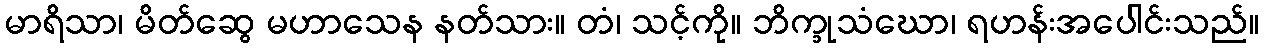
မာရိသာ၊ မိတ်ဆွေ မဟာသေန နတ်သား။ တံ၊ သင့်ကို။ ဘိက္ခုသံဃော၊ ရဟန်းအပေါင်းသည်။